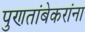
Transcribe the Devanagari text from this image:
पुणतांबेकरांना